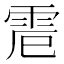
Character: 𩂒